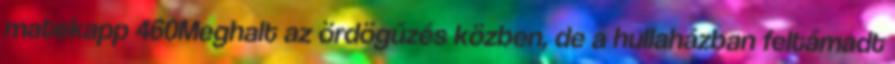
matekapp 460Meghalt az ördögűzés közben, de a hullaházban feltámadt